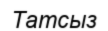
Татсыз